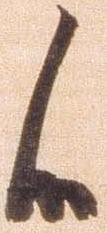
候